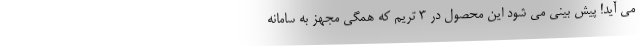
می آید! پیش بینی می شود این محصول در 3 تریم که همگی مجهز به سامانه